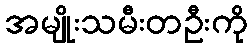
အမျိုးသမီးတဦးကို